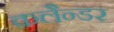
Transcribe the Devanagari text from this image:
कलैन्डर